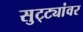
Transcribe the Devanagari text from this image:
सुट्ट्यांवर